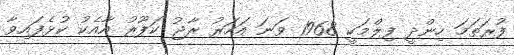
ފުރަތަމަ ހިންދީ ފިލްމަކީ 1968 ވަނަ އަހަރު ރާޖު ކަޕޫރު އާއެކު ކުޅެފައިވާ